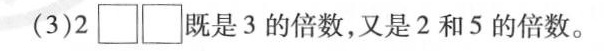
(3)2\Box \Box 既是3的倍数，又是2和5的倍数。